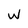
Character: w